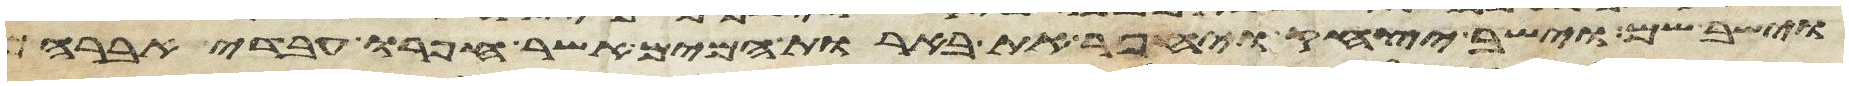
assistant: וישב שם וישב יצחק ויחפר את בארות המים אשר חפרו עבדי אברהם